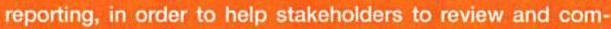
reporting, in order to help stakeholders to review and com-